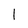
Character: I